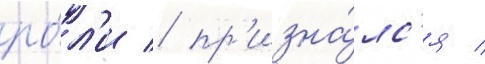
ро́л'и / пр'изна́лс'я /